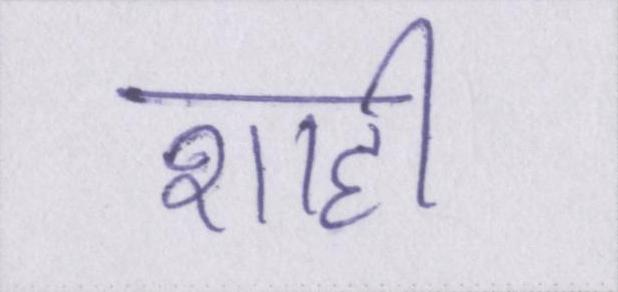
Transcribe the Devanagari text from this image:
शाही